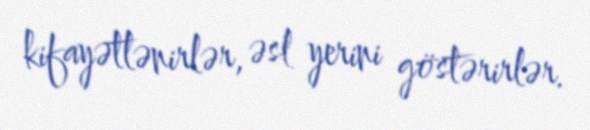
kifayətlənirlər, əsl yerini göstərirlər.